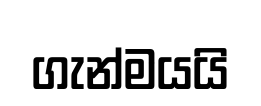
ගැන්මයයි